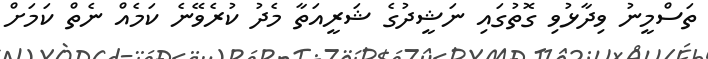
ތަސްމީނު ވިދާޅުވި ގޮތުގައި ނަޝީދުގެ ޝަރީއަތާ މެދު ކުރެވޭނެ ކަމެއް ނެތް ކަމަށް